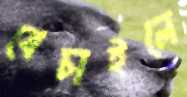
বেচাইলে